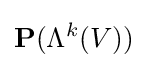
\mathbf {P} (\Lambda ^{k}(V))